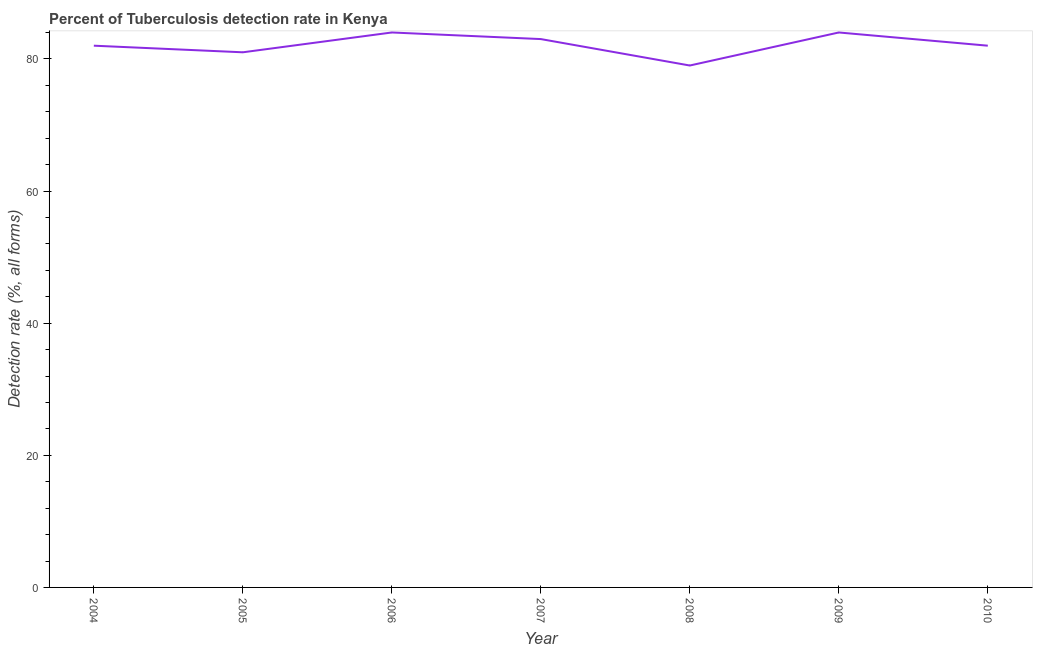
| Year | Tuberculosis case detection rate |
 | --- | --- |
 | 2004 | 82 |
 | 2005 | 81 |
 | 2006 | 84 |
 | 2007 | 83 |
 | 2008 | 79 |
 | 2009 | 84 |
 | 2010 | 82 |